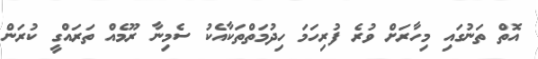
އޮތް ތަނުގައި މިހާރަށް ވުރެ ފުރިހަމަ ހިދުމަތްތަކާއެކު ސެމިނާ ރޫމެއް ތަރައްގީ ކުރަން